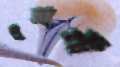
ইরানী